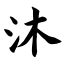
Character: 沐